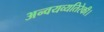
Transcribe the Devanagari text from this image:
अन्वयव्यतिरेकी।